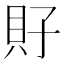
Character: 𧴯